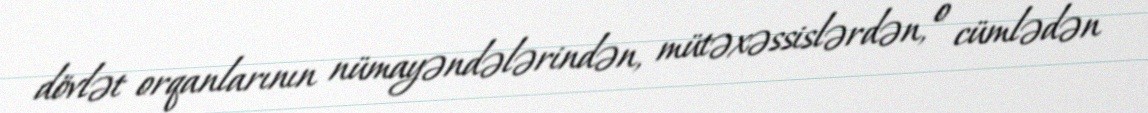
dövlət orqanlarının nümayəndələrindən, mütəxəssislərdən, o cümlədən